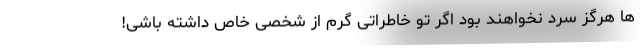
ها هرگز سرد نخواهند بود اگر تو خاطراتی گرم از شخصی خاص داشته باشی!